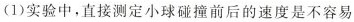
(1)实验中，直接测定小球碰撞前后的速度是不容易